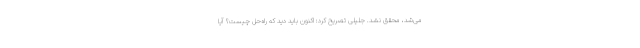
می‌شد، محقق نشد. جلیلی تصریح کرد: اکنون باید دید که راه‌حل چیست؟ آیا